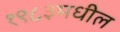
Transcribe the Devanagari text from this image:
१९८३मधील